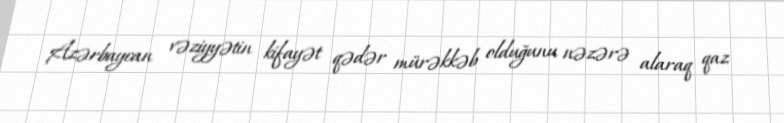
Azərbaycan vəziyyətin kifayət qədər mürəkkəb olduğunu nəzərə alaraq qaz